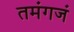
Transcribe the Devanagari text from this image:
तमंगजं